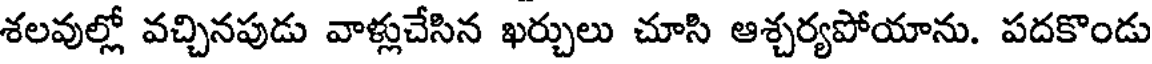
శలవుల్లో వచ్చినపుడు వాళ్లుచేసిన ఖర్చులు చూసి ఆశ్చర్యపోయాను. పదకొండు